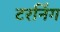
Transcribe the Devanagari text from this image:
टरनिंग